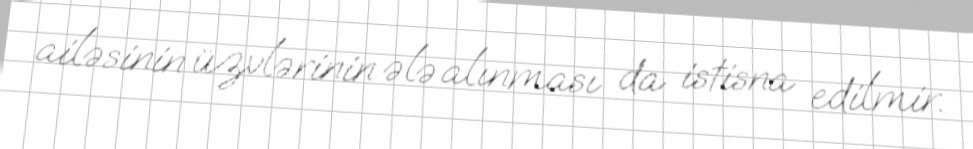
ailəsinin üzvlərinin ələ alınması da istisna edilmir.